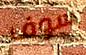
سوف